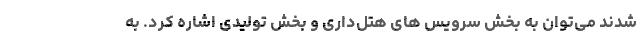
شدند می‌توان به بخش سرویس های هتل‌داری و بخش تولیدی اشاره کرد. به